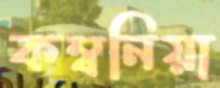
কম্বনিয়া